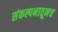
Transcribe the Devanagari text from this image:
संकल्पनातूनच